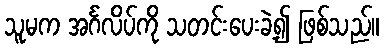
သူမက အင်္ဂလိပ်ကို သတင်းပေးခဲ့၍ ဖြစ်သည်။